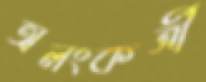
অলংকর্ত্রী